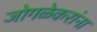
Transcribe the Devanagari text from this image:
जोगळेकरांना